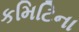
કમિટિના